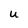
Character: u